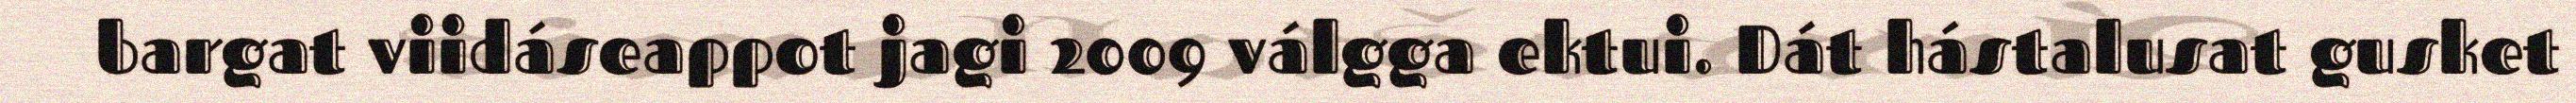
bargat viidáseappot jagi 2009 válgga ektui. Dát hástalusat gusket